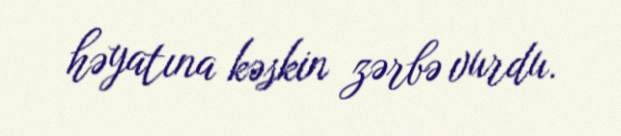
həyatına kəskin zərbə vurdu.